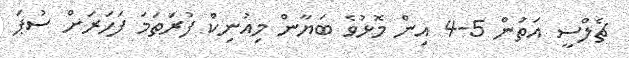
ޗެލްސީ އަތުން 5-4 އިން މޮޅުވެ ބަޔާން މިއުނިކް ފުރަތަމަ ފަހަރަށް ސުޕަ